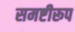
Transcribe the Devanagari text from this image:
समष्टीरूप